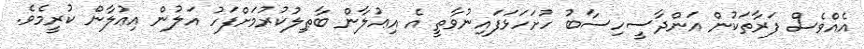
އެއްވެސް ފަރާތަކުން އަންދާސީހިސާބު ހުށަހަޅަފައިނުވާތީ އެ އިޢުލާން ބާޠިލުކުރުމަށްފަހު އަލުން އިޢުލާން ކުރީމެވެ.